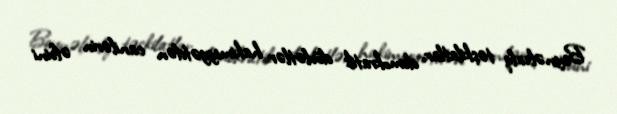
Beynəlxalq təşkilatlar, demokratik dövlətlər hakimiyyətdən canilərin əfvini